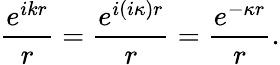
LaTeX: \frac{e^{ikr}}{r}=\frac{e^{i(i\kappa)r}}{r}=\frac{e^{-\kappa r}}{r}.